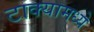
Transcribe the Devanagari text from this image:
टाक्यामध्ये